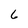
Character: 6